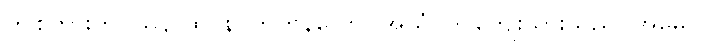
ဤစကားကို။ သုနာထ၊ နာကြကုန်လော။ အယံ၊ ဤကျေးသားသည်။ အမှေဝ၊